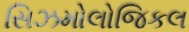
સિઝમોલોજિકલ